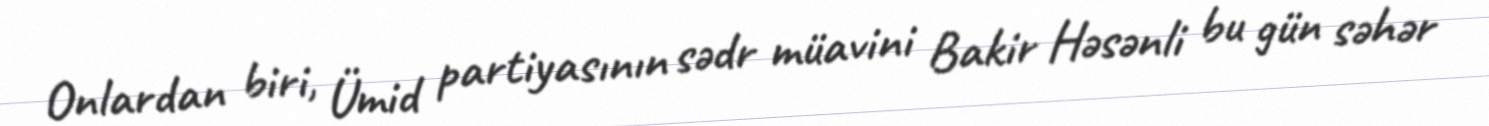
Onlardan biri, Ümid partiyasının sədr müavini Bakir Həsənli bu gün səhər